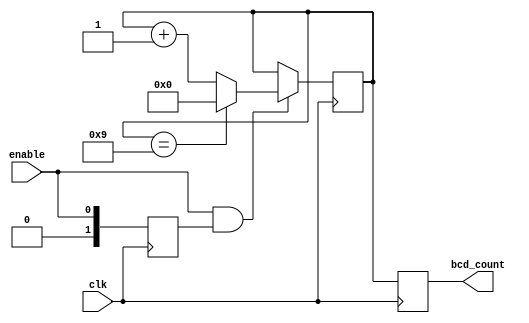
module BCD_Up_Counter_with_Enable (
    input wire clk,
    input wire enable,
    output reg [3:0] bcd_count
);

reg [3:0] count_reg;
reg [1:0] sync_enable;

always @(posedge clk) begin
    if (enable && sync_enable) begin
        if (count_reg == 4'b1001) begin
            count_reg <= 4'b0000;
        end else begin
            count_reg <= count_reg + 1;
        end
    end
end

always @(posedge clk) begin
    sync_enable <= enable;
end

always @(posedge clk) begin
    bcd_count <= count_reg;
end

endmodule